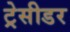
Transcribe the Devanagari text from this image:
ट्रेसीडर